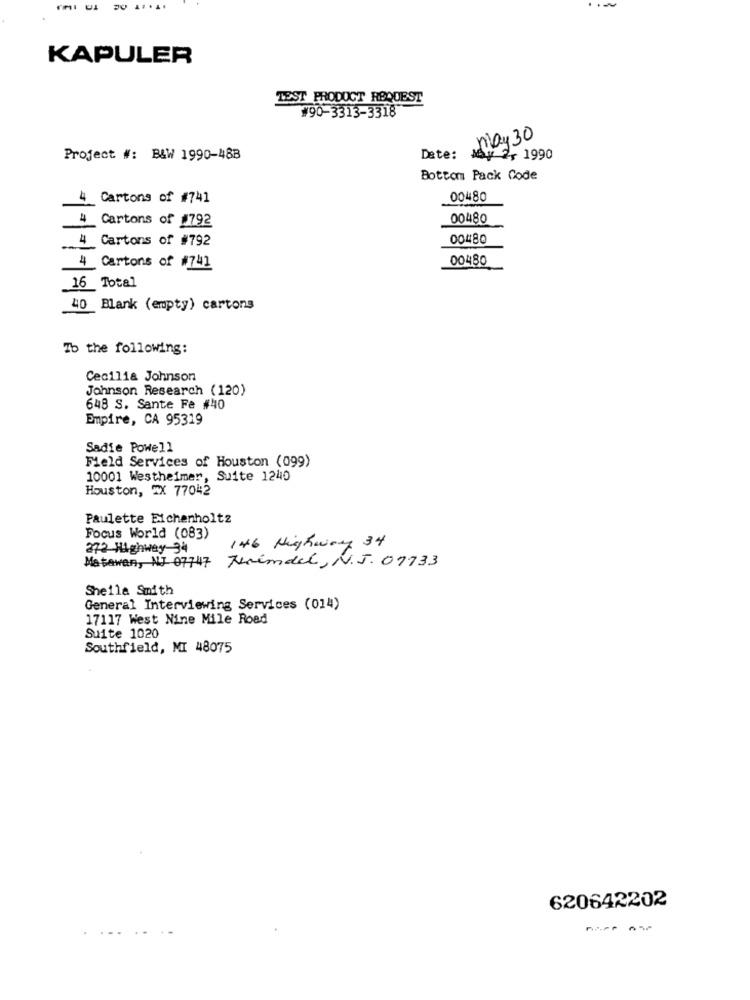
KAPULER
TEST PRODUCT REQUEST
#90-3313-3318
may 30
Project #: B&W 1990-488
Date:
May 2, 1990
Botton Pack Code
4 Cartons of #741
00480
Cartons of #792
00480
4 Cartons of #792
00480
00480
4 Cartons of #741
16 Total
40 Blank (empty) cartons
Ib the following:
Cecilia Johnson
Johnson Research (120)
648 S. Sante Fe #40
Empire, CA 95319
Sadie Powell
Field Services of Houston (099)
10001 Westheimer, Suite 1240
Houston, TX 77042
Paulette Eichenholtz
Focus World (083)
146 Highway 34
272 Highway 34
Terimdel, N.J. 07733
Matawan, NJ 07747
Sheila Smith
General Interviewing Services (014)
17117 West Nine Mile Road
Suite 1020
Southfield, MI 48075
620642202
..